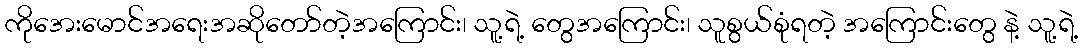
ကိုအေးမောင်အရေးအဆိုတော်တဲ့အကြောင်း၊ သူ့ရဲ့ တွေအကြောင်း၊ သူစွယ်စုံရတဲ့ အကြောင်းတွေ နဲ့ သူ့ရဲ့